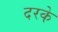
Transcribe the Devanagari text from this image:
दरके